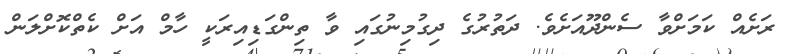
ރަށެއް ކަމަށްވާ ސެންދޫއަށެވެ. ދަތުރުގެ ދިގުމިނުގައި ވާ ތިންގަޑިއިރަކީ ހާމް އަށް ކެތްކޮށްލަން